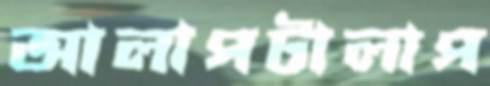
আলাপটালাপ